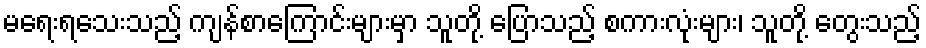
မရေးရသေးသည့် ကျန်စာကြောင်းများမှာ သူတို့ ပြောသည့် စကားလုံးများ၊ သူတို့ တွေးသည့်